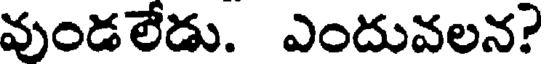
వుండలేడు. ఎందువలన?